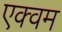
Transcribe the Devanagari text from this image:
एक्वम